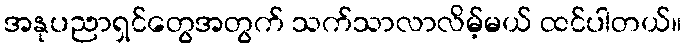
အနုပညာရှင်တွေအတွက် သက်သာလာလိမ့်မယ် ထင်ပါတယ်။